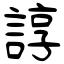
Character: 諄